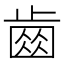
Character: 𣦗